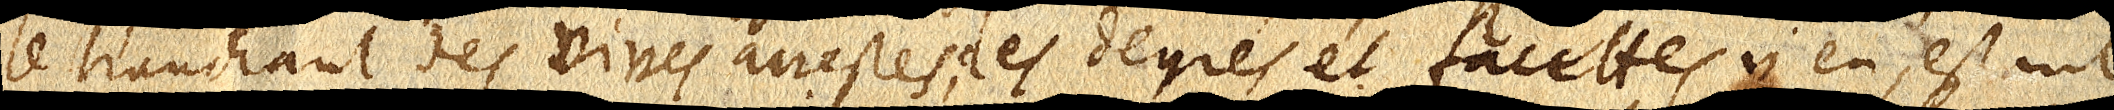
le tranchant des vives arrestes; les degrés et facettes n’en estant